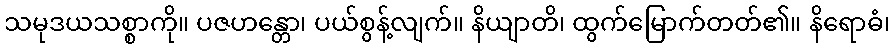
သမုဒယသစ္စာကို။ ပဇဟန္တော၊ ပယ်စွန့်လျက်။ နိယျာတိ၊ ထွက်မြောက်တတ်၏။ နိရောဓံ၊